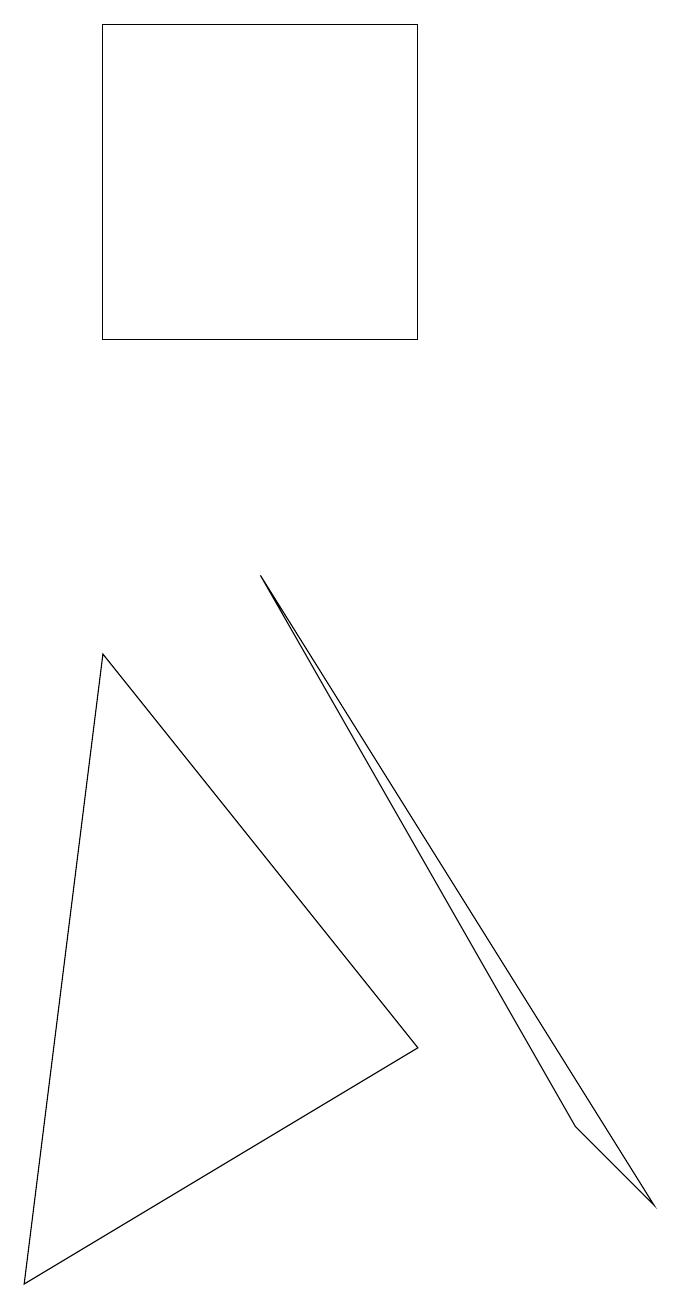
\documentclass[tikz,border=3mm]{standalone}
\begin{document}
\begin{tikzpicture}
\draw (5,3) -- (1,8) -- (0,0) -- cycle;
\draw (8,1) -- (3,9) -- (7,2) -- cycle;
\draw (5,16) rectangle (1,12);
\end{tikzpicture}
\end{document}